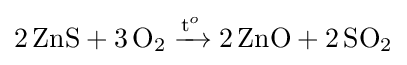
{2\,\mathrm {ZnS} {}+{}3\,\mathrm {O} {\vphantom {A}}_{\smash[{t}]{2}}{}\mathrel {\xrightarrow {\mathrm {t} {\vphantom {A}}^{o}} } {}2\,\mathrm {ZnO} {}+{}2\,\mathrm {SO} {\vphantom {A}}_{\smash[{t}]{2}}}